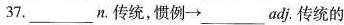
37.___n. 传统，惯例 \rightarrow adj.传统的